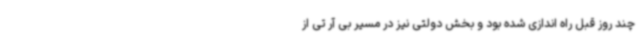
چند روز قبل راه اندازی شده بود و بخش دولتی نیز در مسیر بی آر تی از